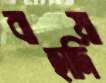
বাহাদিয়া